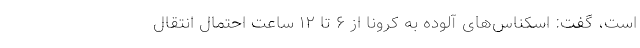
است، گفت: اسکناس‌های آلوده به کرونا از ۶ تا ۱۲ ساعت احتمال انتقال